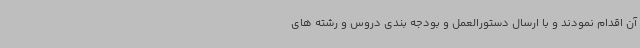
آن اقدام نمودند و با ارسال دستورالعمل و بودجه بندی دروس و رشته های